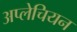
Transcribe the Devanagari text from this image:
अप्लेचियन